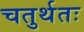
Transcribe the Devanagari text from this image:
चतुर्थतः